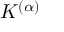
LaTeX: K ^ { ( \alpha ) }